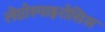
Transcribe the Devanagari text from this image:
लेप्टोस्पाइरोसिस